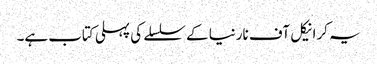
یہ کرانیکل آف نارنیا کے سلسلے کی پہلی کتاب ہے۔